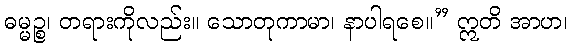
ဓမ္မဉ္စ၊ တရားကိုလည်း။ သောတုကာမာ၊ နာပါရစေ။” ဣတိ အာဟ၊